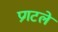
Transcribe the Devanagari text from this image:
प्रगटले